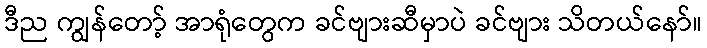
ဒီည ကျွန်တော့် အာရုံတွေက ခင်ဗျားဆီမှာပဲ ခင်ဗျား သိတယ်နော်။